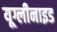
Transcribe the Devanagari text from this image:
यूग्लीनाइड